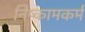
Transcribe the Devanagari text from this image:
निष्कामकर्म